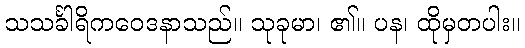
သသင်္ခါရိကဝေဒနာသည်။ သုခုမာ၊ ၏။ ပန၊ ထိုမှတပါး။